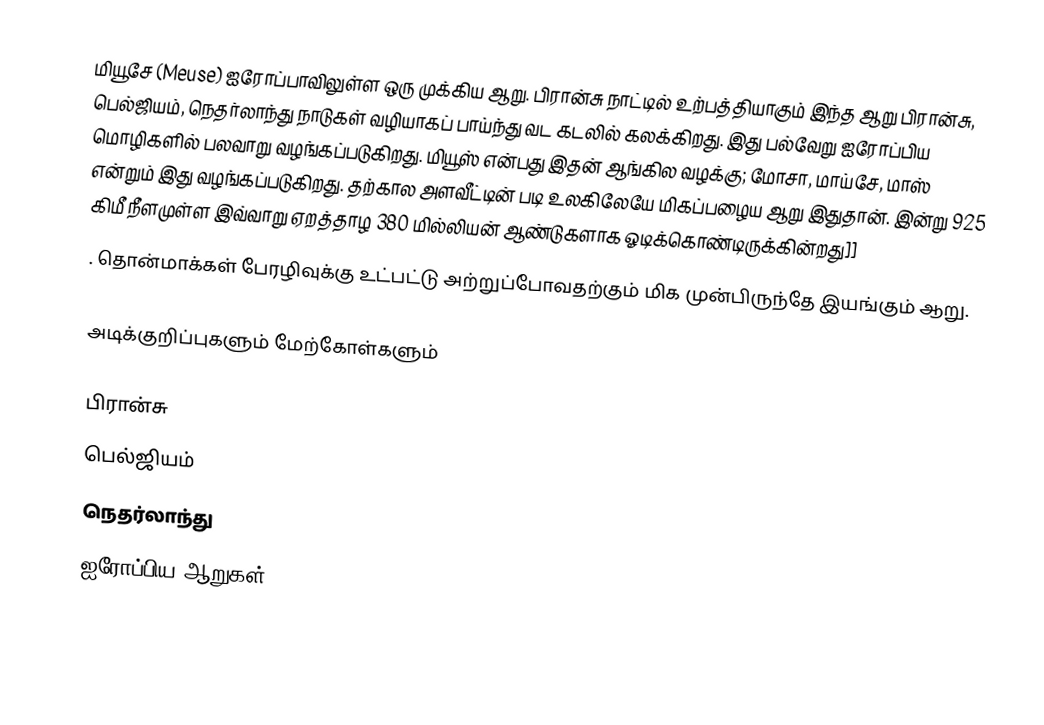
மியூசே (Meuse) ஐரோப்பாவிலுள்ள ஒரு முக்கிய ஆறு. பிரான்சு நாட்டில் உற்பத்தியாகும் இந்த ஆறு பிரான்சு, பெல்ஜியம், நெதர்லாந்து நாடுகள் வழியாகப் பாய்ந்து வட கடலில் கலக்கிறது. இது பல்வேறு ஐரோப்பிய மொழிகளில் பலவாறு வழங்கப்படுகிறது. மியூஸ் என்பது இதன் ஆங்கில வழக்கு; மோசா, மாய்சே, மாஸ் என்றும் இது வழங்கப்படுகிறது. தற்கால அளவீட்டின் படி உலகிலேயே மிகப்பழைய ஆறு இதுதான். இன்று 925 கிமீ நீளமுள்ள இவ்வாறு ஏறத்தாழ 380 மில்லியன் ஆண்டுகளாக ஓடிக்கொண்டிருக்கின்றது]]
. தொன்மாக்கள் பேரழிவுக்கு உட்பட்டு அற்றுப்போவதற்கும் மிக முன்பிருந்தே இயங்கும் ஆறு.

அடிக்குறிப்புகளும் மேற்கோள்களும்

பிரான்சு
பெல்ஜியம்
நெதர்லாந்து
ஐரோப்பிய ஆறுகள்